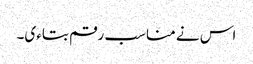
اس نے مناسب رقم بتاءی۔